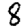
Digit: 8